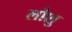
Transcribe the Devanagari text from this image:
लोशु